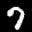
Label: 7